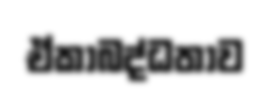
ඒකාබද්ධතාව